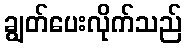
ချွတ်ပေးလိုက်သည်